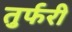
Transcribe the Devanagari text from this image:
तुर्फरी